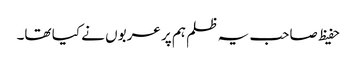
حفیظ صاحب یہ ظلم ہم پر عربوں نے کیا تھا۔